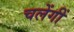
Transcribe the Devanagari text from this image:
चलेंगीं